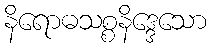
နိရောဓသစ္စနိဒ္ဒေသော